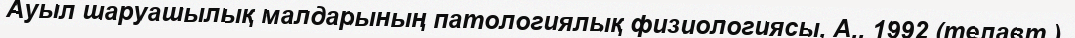
Ауыл шаруашылық малдарының патологиялық физиологиясы, А., 1992 (телавт.).